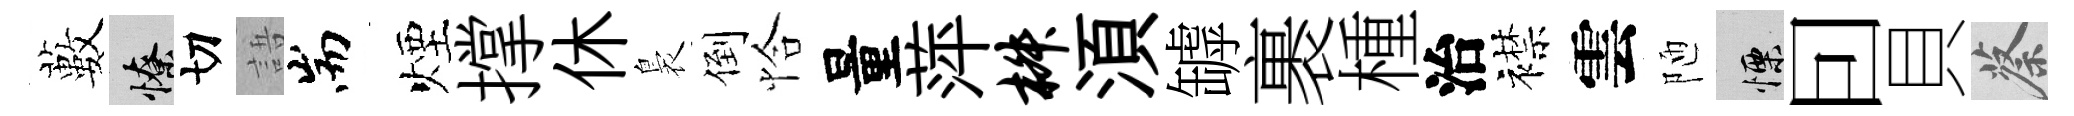
藪憭切語耑煙撑休裊倒恰量萍椒湏罅裹㮔治襟雲陋慄囙貝蔡